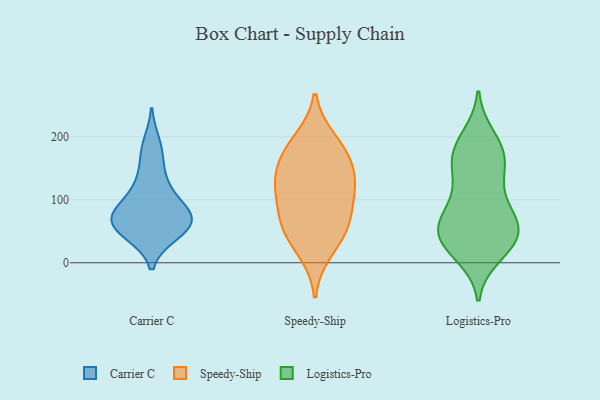
{"axis": {"x": "LTV (USD)", "y": "Value"}, "legend": ["Carrier C", "Logistics-Pro", "Speedy-Ship"], "data": [{"x": "", "y": 123, "type": "Carrier C"}, {"x": "", "y": 188, "type": "Carrier C"}, {"x": "", "y": 123, "type": "Carrier C"}, {"x": "", "y": 77, "type": "Carrier C"}, {"x": "", "y": 69, "type": "Carrier C"}, {"x": "", "y": 81, "type": "Carrier C"}, {"x": "", "y": 78, "type": "Carrier C"}, {"x": "", "y": 53, "type": "Carrier C"}, {"x": "", "y": 55, "type": "Carrier C"}, {"x": "", "y": 79, "type": "Carrier C"}, {"x": "", "y": 47, "type": "Carrier C"}, {"x": "", "y": 55, "type": "Carrier C"}, {"x": "", "y": 168, "type": "Carrier C"}, {"x": "", "y": 158, "type": "Speedy-Ship"}, {"x": "", "y": 60, "type": "Speedy-Ship"}, {"x": "", "y": 115, "type": "Speedy-Ship"}, {"x": "", "y": 18, "type": "Speedy-Ship"}, {"x": "", "y": 56, "type": "Speedy-Ship"}, {"x": "", "y": 126, "type": "Speedy-Ship"}, {"x": "", "y": 122, "type": "Speedy-Ship"}, {"x": "", "y": 53, "type": "Speedy-Ship"}, {"x": "", "y": 195, "type": "Speedy-Ship"}, {"x": "", "y": 92, "type": "Speedy-Ship"}, {"x": "", "y": 157, "type": "Speedy-Ship"}, {"x": "", "y": 184, "type": "Speedy-Ship"}, {"x": "", "y": 32, "type": "Logistics-Pro"}, {"x": "", "y": 35, "type": "Logistics-Pro"}, {"x": "", "y": 13, "type": "Logistics-Pro"}, {"x": "", "y": 199, "type": "Logistics-Pro"}, {"x": "", "y": 32, "type": "Logistics-Pro"}, {"x": "", "y": 128, "type": "Logistics-Pro"}, {"x": "", "y": 73, "type": "Logistics-Pro"}, {"x": "", "y": 78, "type": "Logistics-Pro"}, {"x": "", "y": 47, "type": "Logistics-Pro"}, {"x": "", "y": 166, "type": "Logistics-Pro"}, {"x": "", "y": 152, "type": "Logistics-Pro"}, {"x": "", "y": 62, "type": "Logistics-Pro"}, {"x": "", "y": 61, "type": "Logistics-Pro"}, {"x": "", "y": 184, "type": "Logistics-Pro"}, {"x": "", "y": 28, "type": "Logistics-Pro"}, {"x": "", "y": 181, "type": "Logistics-Pro"}, {"x": "", "y": 65, "type": "Logistics-Pro"}, {"x": "", "y": 112, "type": "Logistics-Pro"}, {"x": "", "y": 160, "type": "Logistics-Pro"}]}